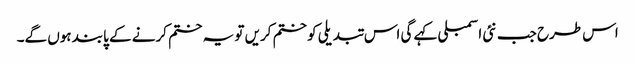
اس طرح جب نئی اسمبلی کہے گی اس تبدیلی کو ختم کریں تو یہ ختم کرنے کے پابند ہوں گے۔